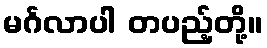
မင်္ဂလာပါ တပည့်တို့။